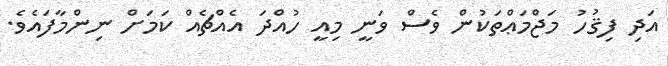
އަދި ފިޤުހު މަޖްމަޢްތަކުން ވެސް ވަނީ މިއީ ހުއްދަ އެއްޗެއް ކަމަށް ނިންމާފައެވެ.